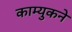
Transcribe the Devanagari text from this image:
काम्युकने